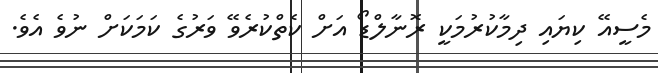
މެސީއޭ ކިޔައި ދިމާކުރުމަކީ ރޮނާލްޑޯ އަށް ކެތްކުރެވޭ ވަރުގެ ކަމަކަށް ނުވެ އެވެ.